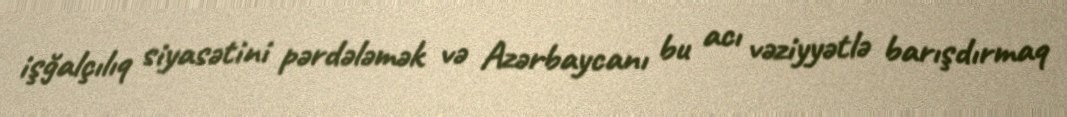
işğalçılıq siyasətini pərdələmək və Azərbaycanı bu acı vəziyyətlə barışdırmaq